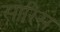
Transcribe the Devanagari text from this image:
सारिस